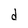
Character: d